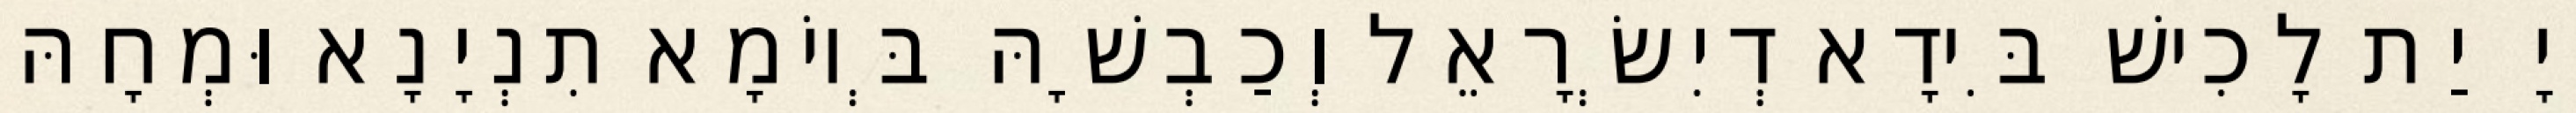
יְיָ יַת לָכִישׁ בִּידָא דְיִשְׂרָאֵל וְכַבְשָׁהּ בְּיוֹמָא תִנְיָנָא וּמְחָהּ